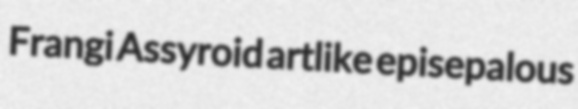
Frangi Assyroid artlike episepalous